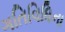
ગતિવિધિના